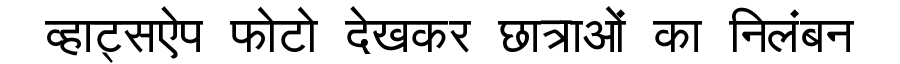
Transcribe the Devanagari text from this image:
व्हाट्सऐप फोटो देखकर छात्राओं का निलंबन